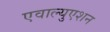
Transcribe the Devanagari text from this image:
एवाल्युएशन